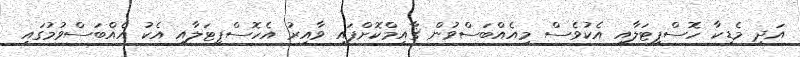
އަދި މެޑިކާ ހޮސްޕިޓަލާއި އެކުވެސް މިއެއްބަސްވުން ޤާއިމްކޮށްފައި ވާއިރު އެހޮސްޕިޓަލާއި އެކު އެއްބަސްވުމުގައި